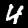
Label: 4